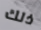
ذلك